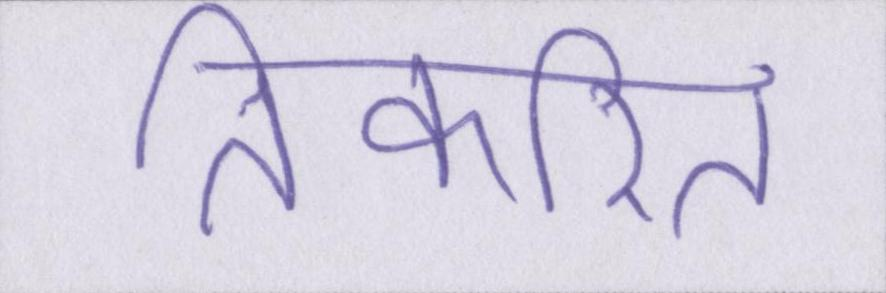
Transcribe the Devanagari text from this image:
तिकरित